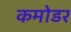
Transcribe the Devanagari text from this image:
कमोडर